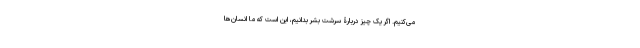
می‌کنیم. اگر یک چیز دربارۀ سرشت بشر بدانیم، این است که ما انسان‌ها